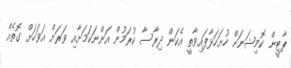
ޕާޓީން ކޮމިޝަނަށް ހުށަހަޅާފައިވާތީ އެކަން ދިރާސާ ކުރަމުން އަންނަކަމަށާއި ވަރަށް އަވަހަށް ގޮތެއް